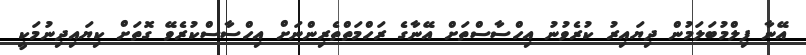
އޭނާ ފިލްމުބަލަމުން ދިޔައިރު ކުރެވުނު އިހްސާސްތަށް އޭނާގެ ރަހްމަތްތެރިންނަށް އިހްސާސްކުރެވޭ ގޮތަށް ކިޔައިދިނުމަކީ